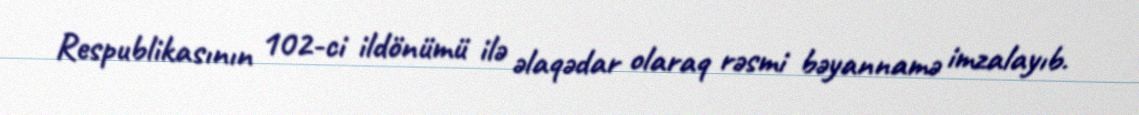
Respublikasının 102-ci ildönümü ilə əlaqədar olaraq rəsmi bəyannamə imzalayıb.